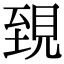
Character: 𧠫